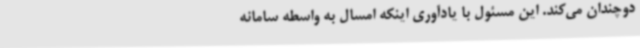
دوچندان می‌کند. این مسئول با یادآوری اینکه امسال به واسطه سامانه